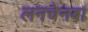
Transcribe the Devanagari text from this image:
लनचेनबा